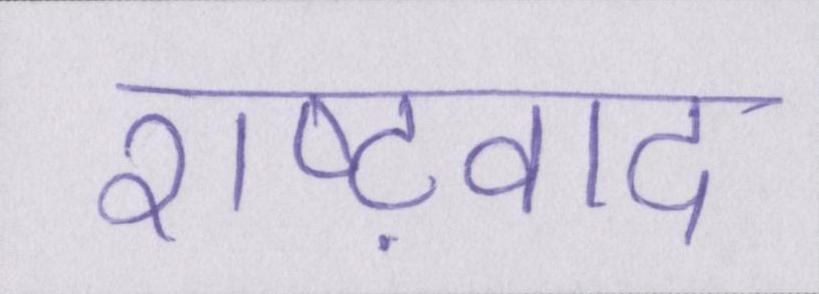
राष्ट्रवाद